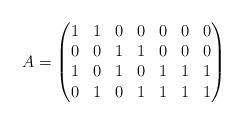
LaTeX: \begin{align*}A=\begin{pmatrix}1 & 1 & 0 & 0 & 0 & 0 & 0 \\0 & 0 & 1 & 1 & 0 & 0 & 0 \\1 & 0 & 1 & 0 & 1 & 1 & 1 \\0 & 1 & 0 & 1 & 1 & 1 & 1 \end{pmatrix}\end{align*}